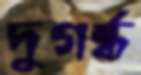
দুগর্ন্ধ